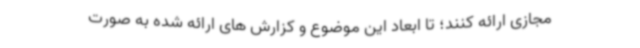
مجازی ارائه کنند؛ تا ابعاد این موضوع و کزارش های ارائه شده به صورت